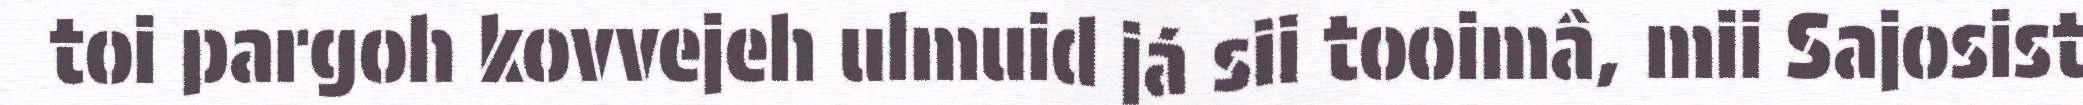
toi pargoh kovvejeh ulmuid já sii tooimâ, mii Sajosist